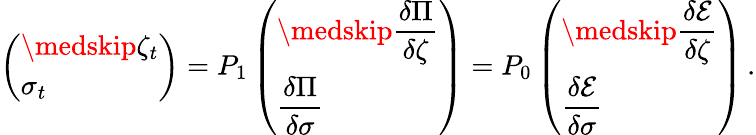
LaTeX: \left(\begin{array}{l}{\medskip\zeta_{t}}\\ {\sigma_{t}}\end{array}\right)=P_{1}\left(\begin{array}{l}{\medskip\displaystyle\frac{\delta\Pi}{\delta\zeta}}\\ {\displaystyle\frac{\delta\Pi}{\delta\sigma}}\end{array}\right)=P_{0}\left(\begin{array}{l}{\medskip\displaystyle\frac{\delta\mathcal E}{\delta\zeta}}\\ {\displaystyle\frac{\delta\mathcal E}{\delta\sigma}}\end{array}\right)\, .